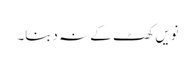
نویں کھٹ کے نہ دبنا۔